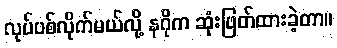
လုပ်ပစ်လိုက်မယ်လို့ နဂိုက ဆုံးဖြတ်ထားခဲ့တာ။